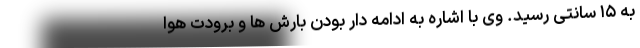
به ۱۵ سانتی رسید. وی با اشاره به ادامه دار بودن بارش ها و برودت هوا